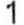
1